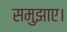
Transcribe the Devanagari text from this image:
समुझाए।